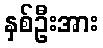
နှစ်ဦးအား